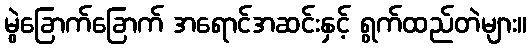
မွဲခြောက်ခြောက် အရောင်အဆင်းနှင့် ရွက်ထည်တဲများ။